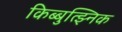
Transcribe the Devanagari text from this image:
किब्बुत्झ्निक